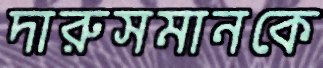
দারুসমানকে